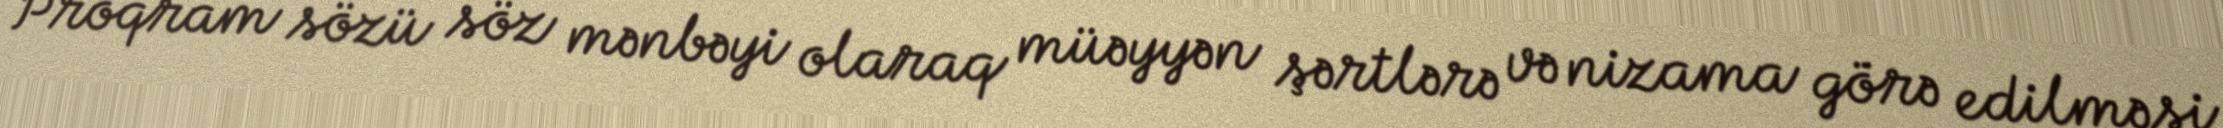
Proqram sözü söz mənbəyi olaraq müəyyən şərtlərə və nizama görə edilməsi